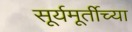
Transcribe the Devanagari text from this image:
सूर्यमूर्तीच्या